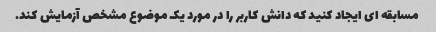
مسابقه ای ایجاد کنید که دانش کاربر را در مورد یک موضوع مشخص آزمایش کند.